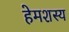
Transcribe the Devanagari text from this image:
हेमशस्य